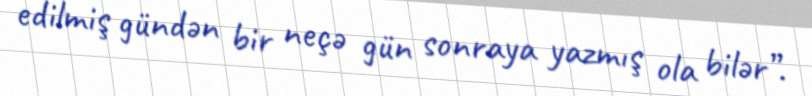
edilmiş gündən bir neçə gün sonraya yazmış ola bilər”.